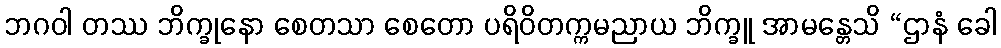
ဘဂဝါ တဿ ဘိက္ခုနော စေတသာ စေတော ပရိဝိတက္ကမညာယ ဘိက္ခူ အာမန္တေသိ “ဌာနံ ခေါ